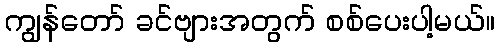
ကျွန်တော် ခင်ဗျားအတွက် စစ်ပေးပါ့မယ်။